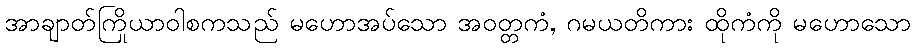
အာချာတ်ကြိယာဝါစကသည် မဟောအပ်သော အဝုတ္တကံ, ဂမယတိကား ထိုကံကို မဟောသော